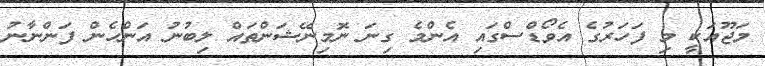
މަޖޫއަކީ މި ފަހަރުގެ އެވޯޑްސްގައި އެންމެ ގިނަ ނޮމިނޭޝަންތައް ލިބުނު އަންހެން ފަންނާނު